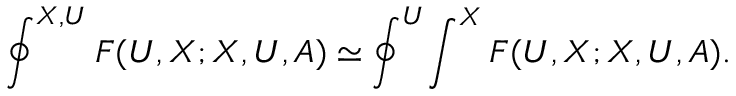
\oint ^ { X , U } F ( U , X ; X , U , A ) \simeq \oint ^ { U } \! \int ^ { X } F ( U , X ; X , U , A ) .